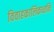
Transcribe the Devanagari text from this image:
विवाहकालिकध्वनिः